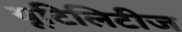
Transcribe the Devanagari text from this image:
यूटिलिटीज